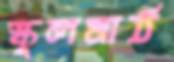
স্কুলমাঠ